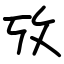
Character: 攷